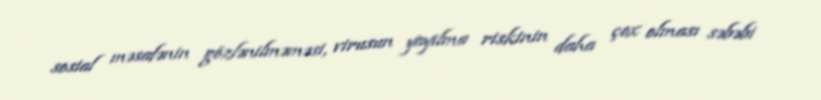
sosial məsafənin gözlənilməməsi, virusun yayılma riskinin daha çox olması səbəbi